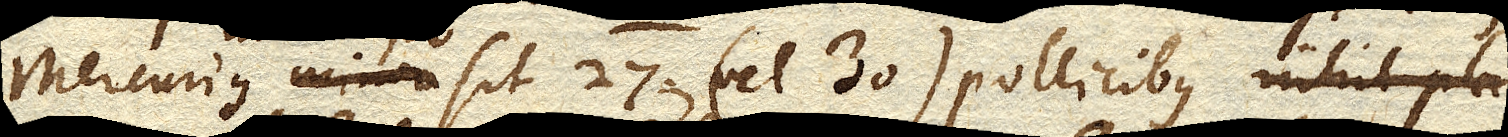
Mercurius sit 27. (vel 30.) pollicibus